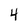
Character: 4